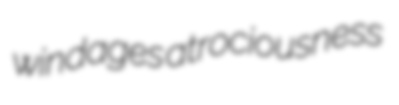
windages atrociousness